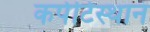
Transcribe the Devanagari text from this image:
कर्पटिस्थानं